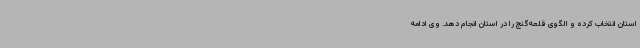
استان انتخاب کرده و الگوی قلعه‌گنج را در استان انجام دهد. وی ادامه